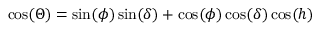
\cos ( \Theta ) = \sin ( \phi ) \sin ( \delta ) + \cos ( \phi ) \cos ( \delta ) \cos ( h )